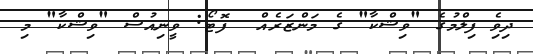
ދިވެި ފިލްމުގެ "ޥިޝްކާ" ގެ މަންޒަރެއް  ފޮޓޯ: ވީނިއުސް "ވިޝްކާ" މި